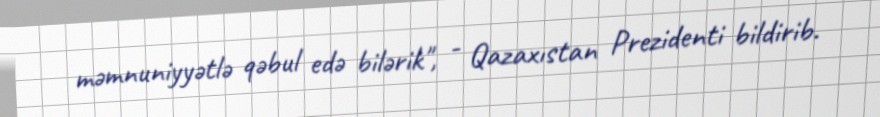
məmnuniyyətlə qəbul edə bilərik", - Qazaxıstan Prezidenti bildirib.